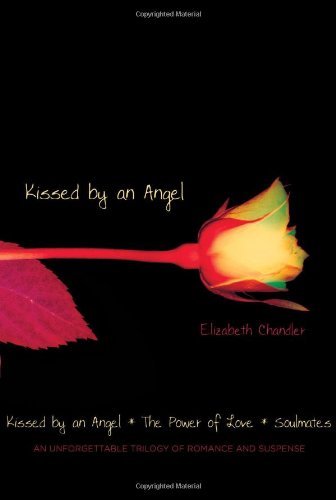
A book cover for Kissed by an Angel: Kissed by an Angel; The Power of Love; Soulmates; Elizabeth Chandler; Teen & Young Adult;